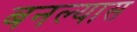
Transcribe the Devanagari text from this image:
बनल्यास